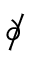
\partial \! \! \! { \big / }